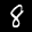
Label: 8